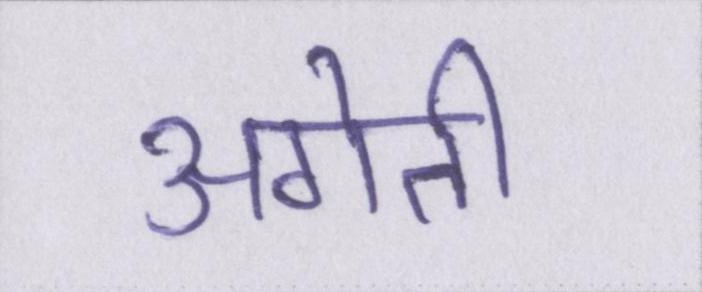
अगेती